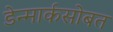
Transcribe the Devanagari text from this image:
डेन्मार्कसोबत